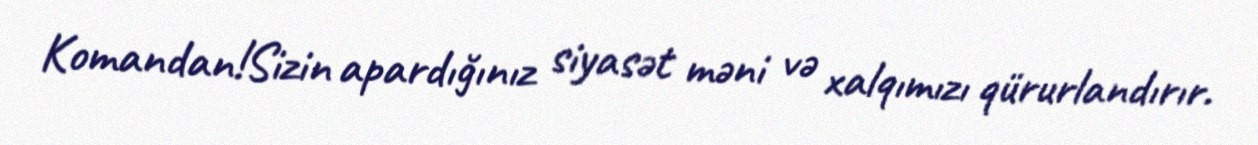
Komandan!Sizin apardığınız siyasət məni və xalqımızı qürurlandırır.